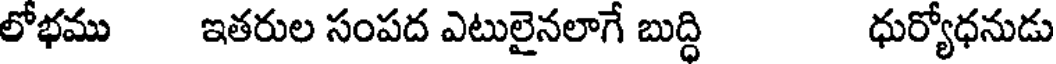
లోభము ఇతరుల సంపద ఎటులైనలాగే బుద్ధి ధుర్యోధనుడు